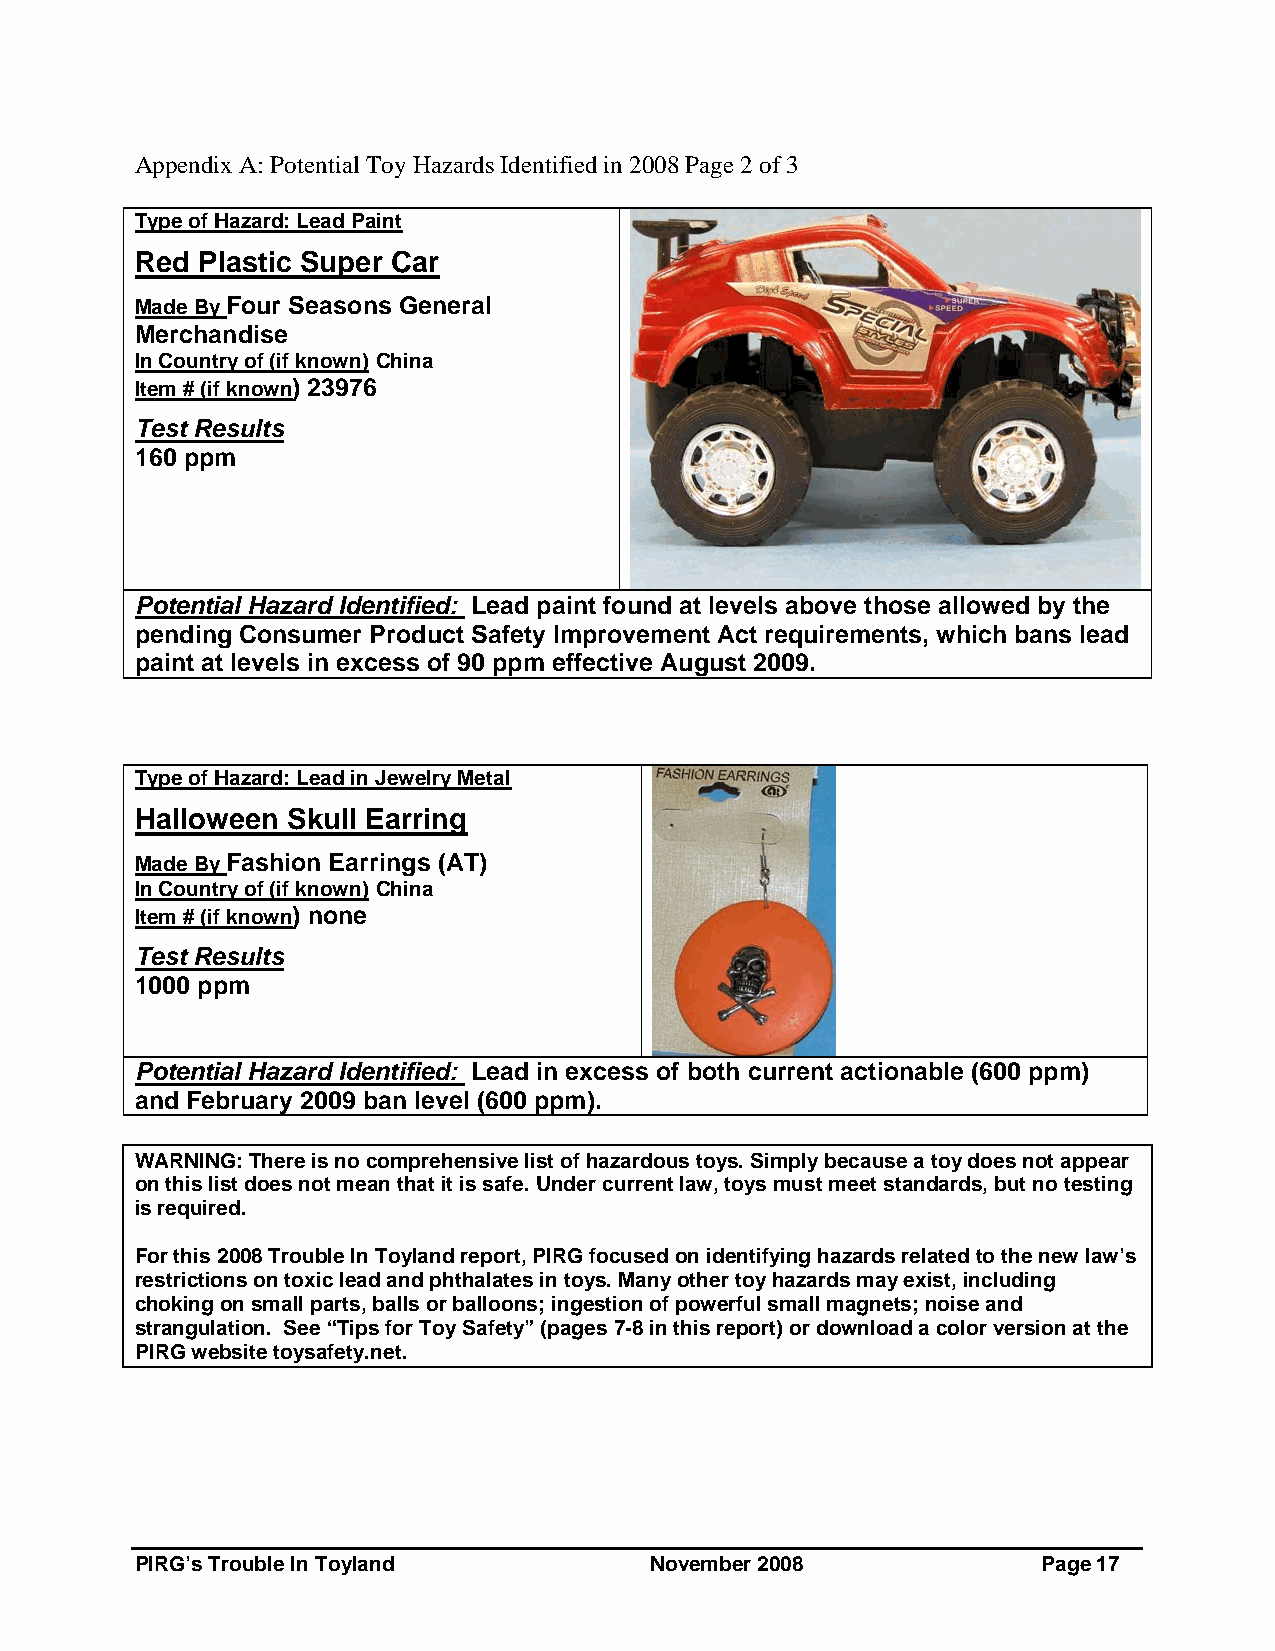
Appendix A: Potential Toy Hazards Identified in 2008 Page 2 of 3
 Type of Hazard: Lead Paint
 Red Plastic Super Car
 Made By Four Seasons General
 Merchandise
 In Country of (if known) China
 Item # (if known) 23976
 Test Results
 160 ppm
 Potential Hazard Identified: Lead paint found at levels above those allowed by the
 pending Consumer Product Safety Improvement Act requirements, which bans lead
 paint at levels in excess of 90 ppm effective August 2009.
 Type of Hazard: Lead in Jewelry Metal
 Halloween Skull Earring
 Made By Fashion Earrings (AT)
 In Country of (if known) China
 Item # (if known) none
 Test Results
 1000 ppm
 Potential Hazard Identified: Lead in excess of both current actionable (600 ppm)
 and February 2009 ban level (600 ppm).
 WARNING: There is no comprehensive list of hazardous toys. Simply because a toy does not appear
 on this list does not mean that it is safe. Under current law, toys must meet standards, but no testing
 is required.
 For this 2008 Trouble In Toyland report, PIRG focused on identifying hazards related to the new law’s
 restrictions on toxic lead and phthalates in toys. Many other toy hazards may exist, including
 choking on small parts, balls or balloons; ingestion of powerful small magnets; noise and
 strangulation. See “Tips for Toy Safety” (pages 7-8 in this report) or download a color version at the
 PIRG website toysafety.net.
 PIRG’s Trouble In Toyland         November 2008             Page 17